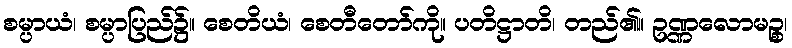
စမ္ပာယံ၊ စမ္ပာပြည်၌။ စေတိယံ၊ စေတီတော်ကို။ ပတိဋ္ဌာတိ၊ တည်၏။ ဥဏ္ဏလောမဉ္စ၊